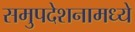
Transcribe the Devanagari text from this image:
समुपदेशनामध्ये